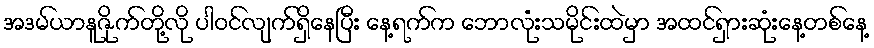
အဒမ်ယာနူဇိုက်တို့လို ပါဝင်လျက်ရှိနေပြီး နေ့ရက်က ဘောလုံးသမိုင်းထဲမှာ အထင်ရှားဆုံးနေ့တစ်နေ့